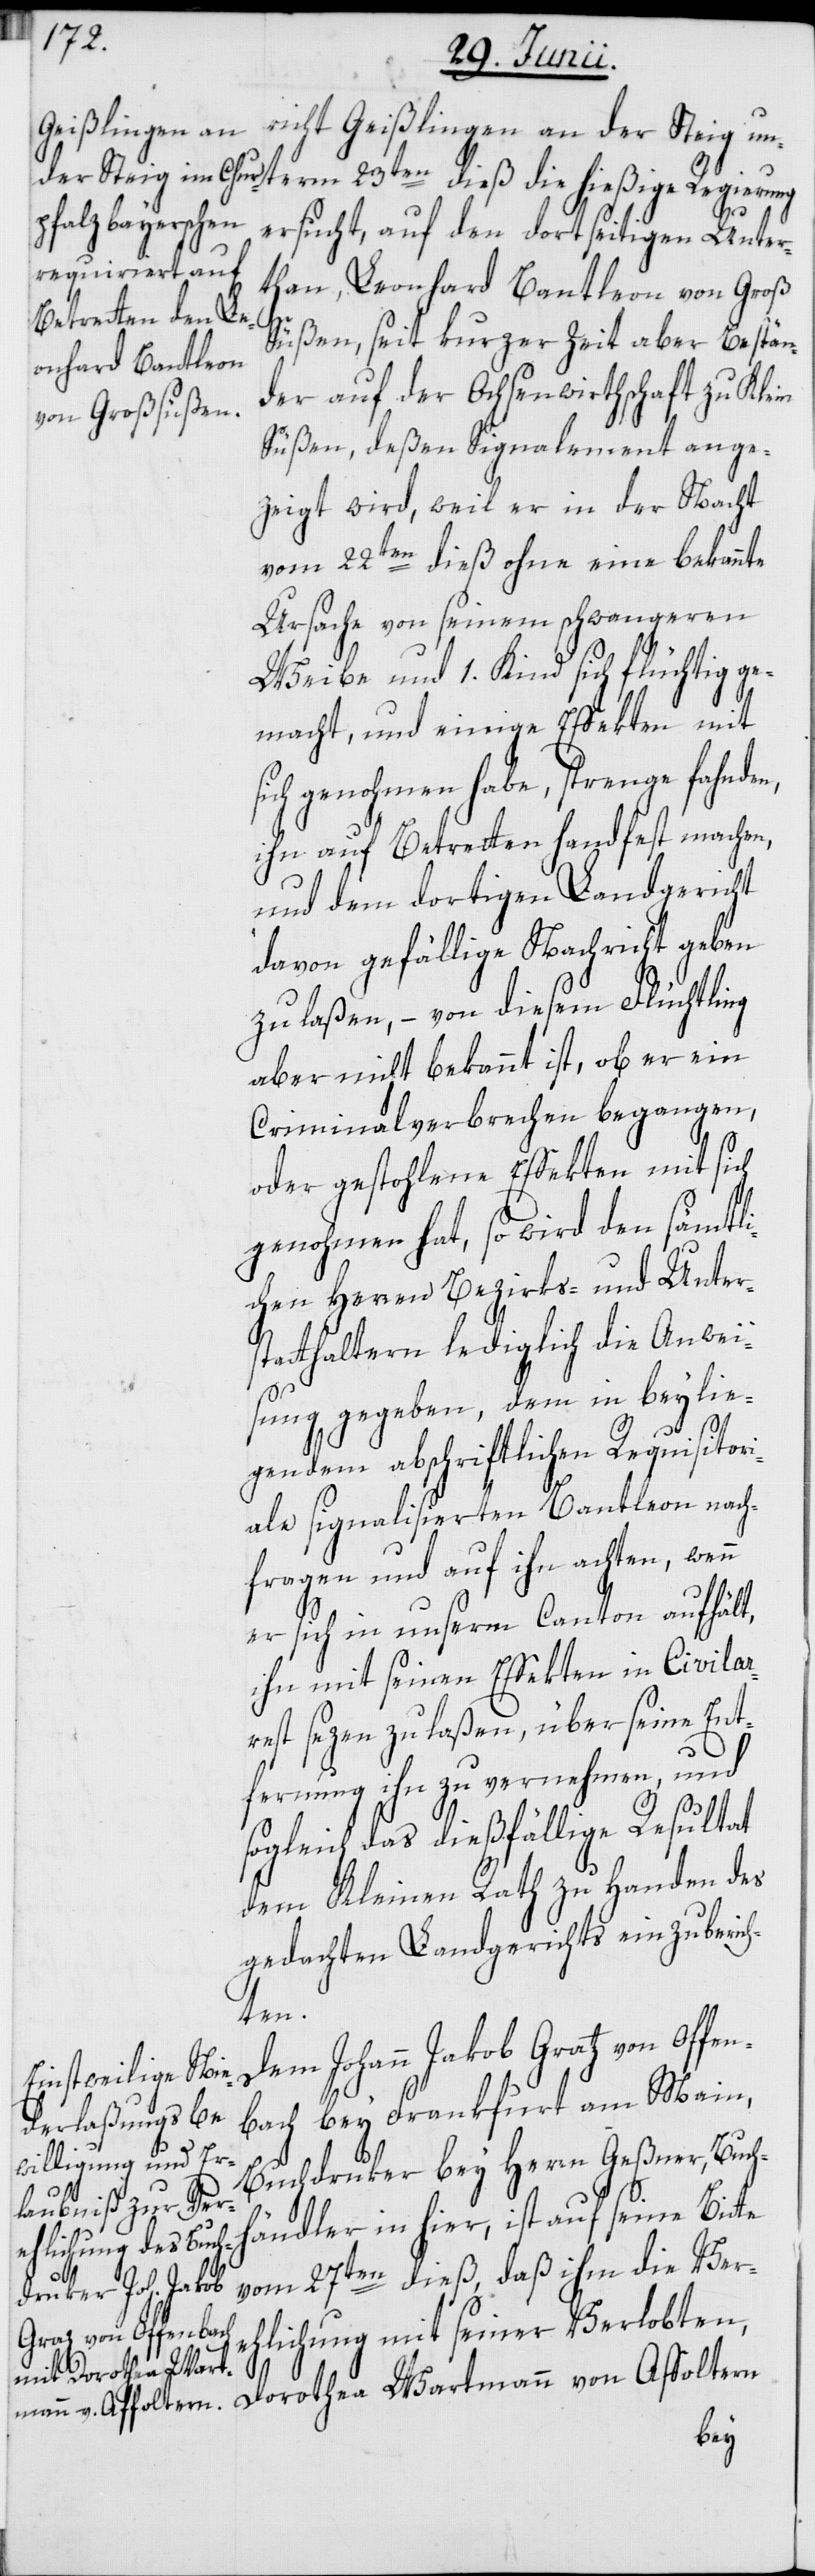
Geißlingen an
der Steig unterm 23ten dieß die hießige Regierung
ersucht, auf den dortseitigen Unter¬
than, Leonhard Bantleon von Groß
Süßen, seit kurzer Zeit aber Bestän¬
der auf der Ochsenwirthschaft zu Klein
Süßen, deßen Signalement ange¬
zeigt wird, weil er in der Nacht
vom 22ten dieß ohne eine bekannte
Ursache von seinem schwangeren
Weibe und 1. Kind sich flüchtig ge¬
macht, und einige Effekten mit
sich genohmen habe, strenge fahnden,
ihn auf Betretten handfest machen,
und dem dortigen Landgericht
davon gefällige Nachricht geben
zu laßen, – von diesem Flüchtling
aber nicht bekannt ist, ob er ein
Criminalverbrechen begangen,
oder gestohlene Effekten mit sich
genohmen hat, so wird den sämtli¬
chen Herren Bezirks- und Unter¬
statthaltern lediglich die Anwei¬
sung gegeben, dem in beylie¬
gendem abschriftlichen Requisitor¬
iale signalisierten Bantleon nach¬
fragen und auf ihn achten, wenn
er sich in unserm Canton aufhält,
ihn mit seinen Effekten in Civilar¬
rest sezen zu laßen, über seine Ent¬
fernung ihn zu vernehmen, und
sogleich das dießfällige Resultat
dem Kleinen Rath zu Handen des
gedachten Landgerichts einzuberic¬
hten.
bach bey Frankfurt am Main,
Buchdruker bey Herrn Geßner, Buch¬
händler in hier, ist auf seine Bit¬
te
vom 27ten dieß, daß ihm die Ver¬
von Offen¬
ehlichung mit seiner Verlobten,
Dorothea Wartmann von Affoltern